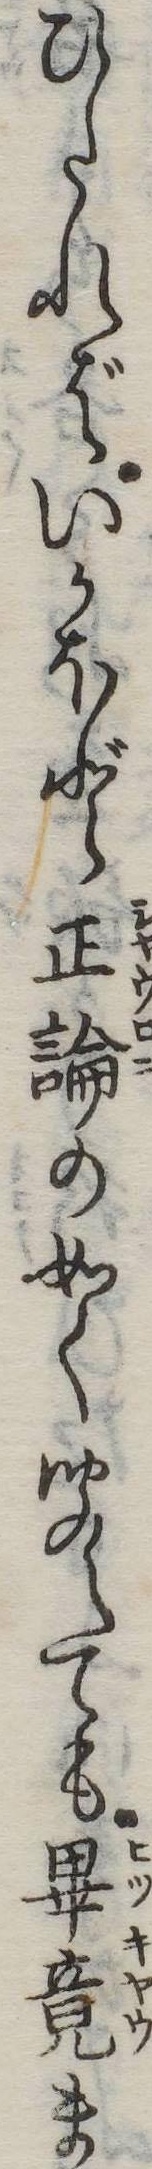
ひたればいかほど正論の如く聞えても畢竟ま